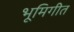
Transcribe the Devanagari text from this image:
भूमिगीत